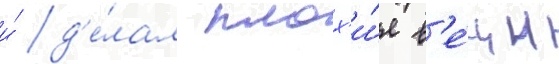
и́ д'е́лал плох'и́е в'е́щи